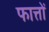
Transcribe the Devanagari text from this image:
फात्तों